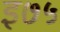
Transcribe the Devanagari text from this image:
इ७५